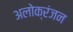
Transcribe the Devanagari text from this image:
अलोक्रंजन